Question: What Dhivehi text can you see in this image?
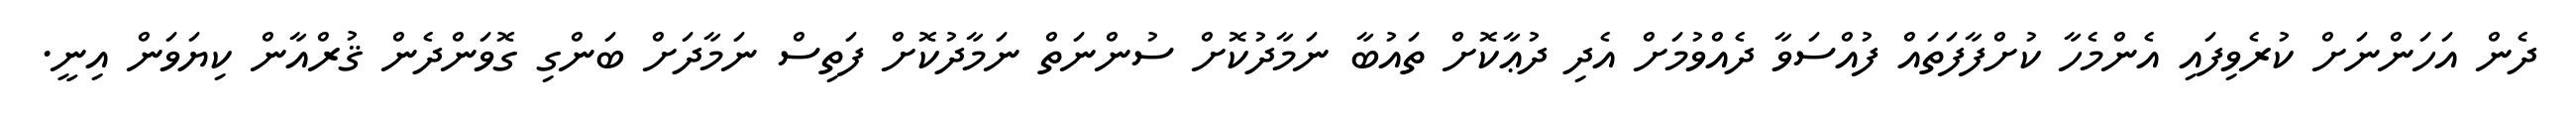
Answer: ދެން އަހަންނަށް ކުރެވިފައި އެންމެހާ ކުށްފާފަތައް ފުއްސަވާ ދެއްވުމަށް އެދި ދުޢާކޮށް ތައުބާ ނަމާދުކޮށް ސުންނަތް ނަމާދުކޮށް ފަތިސް ނަމާދަށް ބަންގި ގޮވަންދެން ޤުރްއާން ކިޔަވަން އިނީ.